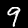
Label: 9